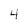
Character: 4